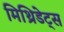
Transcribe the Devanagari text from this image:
मिथ्रिडेट्स